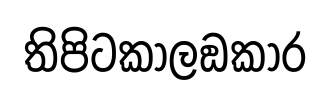
තිපිටකාලඞකාර